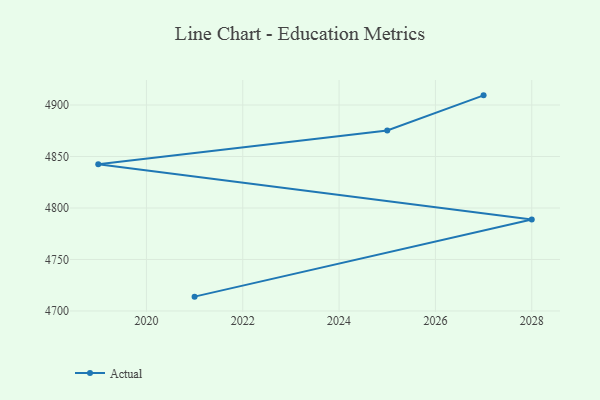
{"axis": {"x": "Year", "y": "Churn Rate (%)"}, "legend": ["Actual"], "data": [{"x": "2021", "y": 4713.9, "type": "Actual"}, {"x": "2028", "y": 4788.9, "type": "Actual"}, {"x": "2019", "y": 4842.4, "type": "Actual"}, {"x": "2025", "y": 4875.2, "type": "Actual"}, {"x": "2027", "y": 4909.4, "type": "Actual"}]}